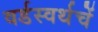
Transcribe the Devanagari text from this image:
वर्डस्वर्थचें